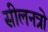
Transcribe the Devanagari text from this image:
सीलनत्रो